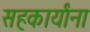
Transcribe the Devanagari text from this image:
सहकार्यांना